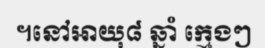
។នៅអាយុ៨ ឆ្នាំ ក្មេងៗ